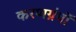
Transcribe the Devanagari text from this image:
करणग्रंथों